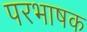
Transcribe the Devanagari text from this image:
परभाषक